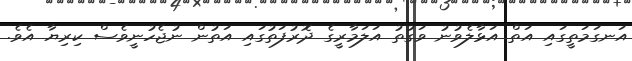
އަނގަމަތީގައި އަތް އަޅާލެވުނު ވަގުތު އަލަމާރީގެ ދޮރުފަތުގައި އަތުން ނުޖެހުނީވެސް ކިރިޔާ އެވެ.